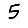
Digit: 5